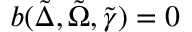
b ( \tilde { \Delta } , \tilde { \Omega } , \tilde { \gamma } ) = 0